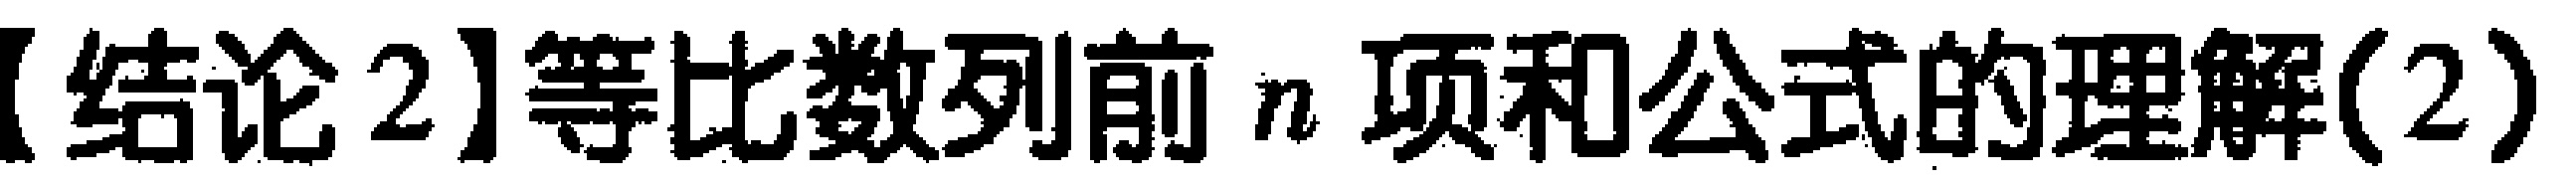
【结论2】等比数列前 \(n\) 项和公式的理解(2)